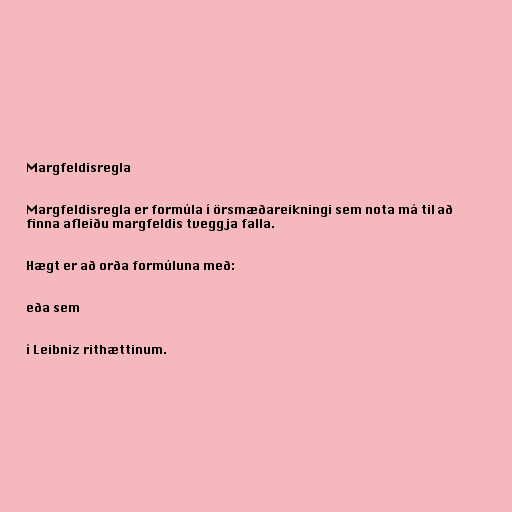
Margfeldisregla

Margfeldisregla er formúla í örsmæðareikningi sem nota má til að
finna afleiðu margfeldis tveggja falla.

Hægt er að orða formúluna með:

eða sem

í Leibniz rithættinum.